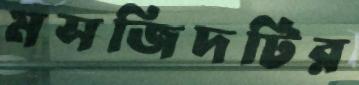
মসজিদটির